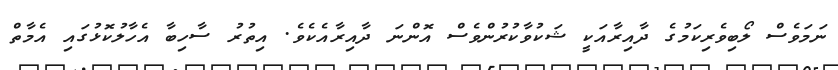
ނަމަވެސް ލޯބިވެރިކަމުގެ ދާއިރާއަކީ ޝަކުވާކުރުންވެސް އޮންނަ ދާއިރާއެކެވެ. އިތުރު ސާހިބާ އެހާލުކޮޅުގައި އެމާތް